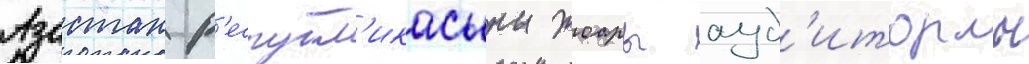
Азастан р'еспубл'икасыны жоары ауд'иторлы